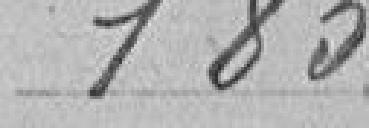
183